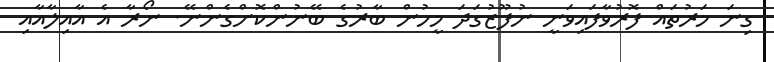
ގިނަ މަރުތައް ފޮރުވާފައިވަނީ ނުފޫޒުގަދަ މީހުން ބާރުގެ ބޭނުންކޮށްގެންނޭ. ނޯރާ އެ އާއިލާއާއި